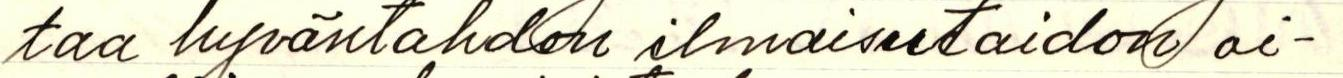
taa hyväntahdon ilmaisutaidon oi-